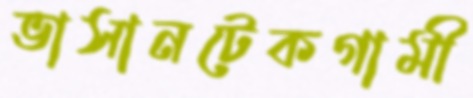
ভাসানটেকগামী